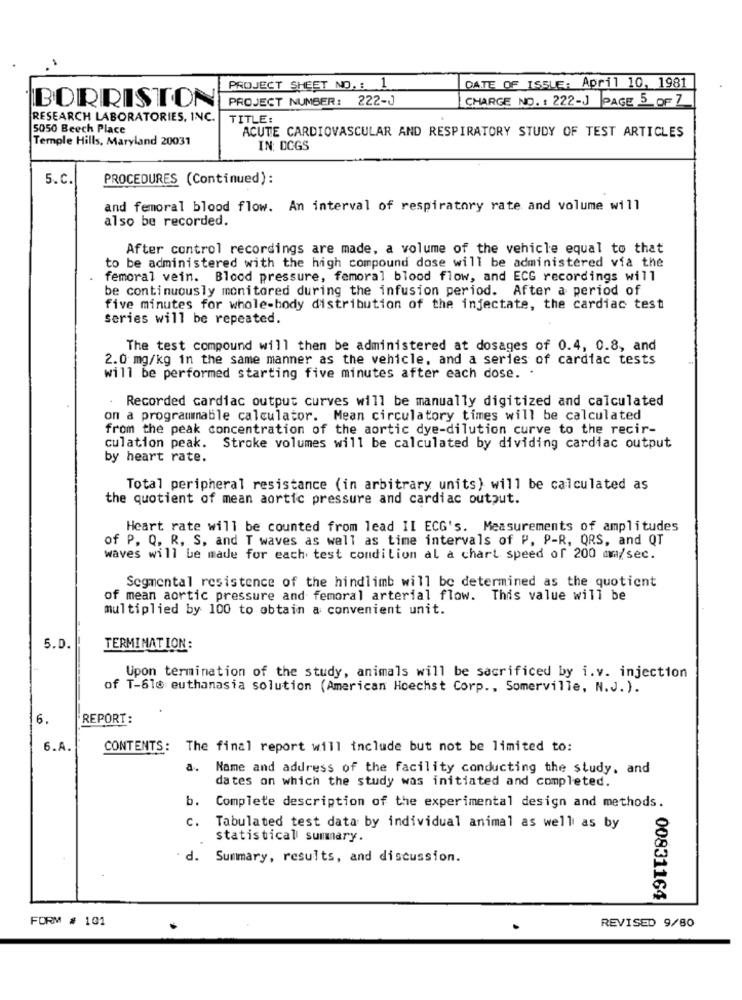
PROJECT SHEET NO. : 1
DATE OF ISSUE: April 10, 1981
PROJECT NUMBER: 222-J
CHARGE NO. : 222-J PAGE 5 OF Z
BORRISTON
RESEARCH LABORATORIES, INC.
TITLE:
5050 Beech Place
ACUTE CARDIOVASCULAR AND RESPIRATORY STUDY OF TEST ARTICLES
Temple Hills, Maryland 20031
IN: DCGS
5. C.
PROCEDURES (Continued):
and femoral blood flow. An interval of respiratory rate and volume will
also be recorded.
After control recordings are made, a volume of the vehicle equal to that
to be administered with the high compound dose will be administered via the
femoral vein. Blood pressure, femoral blood flow, and ECG recordings will
be continuously monitored during the infusion period. After a period of
five minutes for whole-body distribution of the injectate, the cardiac test
series will be repeated.
The test compound will then be administered at dosages of 0.4, 0.8, and
2.0 mg/kg in the same manner as the vehicle, and a series of cardiac tests
will be performed starting five minutes after each dose. .
Recorded cardiac output curves will be manually digitized and calculated
on a programmable calculator. Mean circulatory times will be calculated
from the peak concentration of the aortic dye-dilution curve to the recir-
culation peak. Stroke volumes will be calculated by dividing cardiac output
by heart rate.
Total peripheral resistance (in arbitrary units) will be calculated as
the quotient of mean aortic pressure and cardiac output.
Heart rate will be counted from lead II ECG's. Measurements of amplitudes
of P. Q, R, S, and T waves as well as time intervals of P. P-R, QRS, and QT
waves will be made for each test condition al a chart speed of 200 mm/sec.
Segmental resistence of the hindlimb will be determined as the quotient
of mean aortic pressure and femoral arterial flow. This value will be
multiplied by 100 to obtain a convenient unit.
5.D.
TERMINATION :
Upon termination of the study, animals will be sacrificed by i.v. injection
of T-610 euthanasia solution (American Hoechst Corp ., Somerville, N.J. ).
6.
REPORT:
6.A.
CONTENTS: The final report will include but not be limited to:
a. Name and address of the facility conducting the study, and
dates on which the study was initiated and completed.
b.
Complete description of the experimental design and methods.
C.
Tabulated test data by individual animal as well as by
statistical summary.
d. Summary, results, and discussion.
00831164
FORM # 101
REVISED 9/80